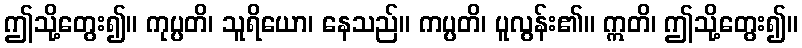
ဤသို့တွေး၍။ ကုပ္ပတိ၊ သူရိယော၊ နေသည်။ ကပ္ပတိ၊ ပူလွန်း၏။ ဣတိ၊ ဤသို့တွေး၍။